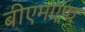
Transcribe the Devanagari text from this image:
बीएमएफ